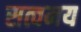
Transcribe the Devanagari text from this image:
सत्वमय